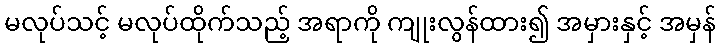
မလုပ်သင့် မလုပ်ထိုက်သည့် အရာကို ကျုးလွန်ထား၍ အမှားနှင့် အမှန်